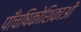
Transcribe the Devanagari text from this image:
पाँचषिकोशिकाओं